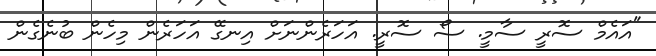
"އައެމް ސޮރީ ސާމީ. ސޯ ސޮރީ. އަހަރެންނަށް އިނގޭ އަހަރެން މިހެން ބުނެގެން